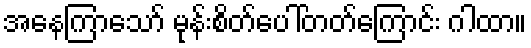
အနေကြာသော် မုန်းစိတ်ပေါ်တတ်ကြောင်း ဂါထာ။